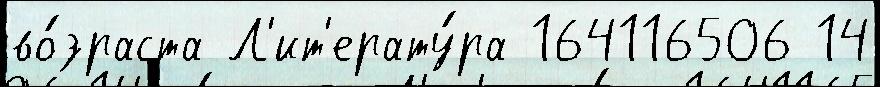
во́зраста Л'ит'ерату́ра 164116506 14